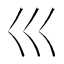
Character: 巛